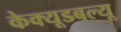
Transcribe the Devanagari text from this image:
केक्यूडबल्यू